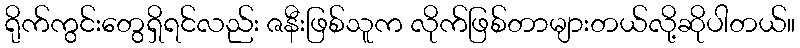
ရိုက်ကွင်းတွေရှိရင်လည်း ဇနီးဖြစ်သူက လိုက်ဖြစ်တာများတယ်လို့ဆိုပါတယ်။